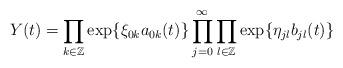
LaTeX: \begin{align*}Y(t)=\prod\limits_{k \in \mathbb{Z}}\exp\{\xi_{0k}a_{0k}(t) \}\prod\limits_{ j=0}^{\infty} \prod\limits_{l \in \mathbb{Z}}\exp\{\eta_{jl} b_{jl}(t) \}\end{align*}